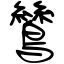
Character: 鷥